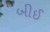
બીઈ